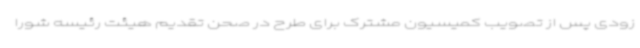
زودی پس از تصویب کمیسیون مشترک برای طرح در صحن تقدیم هیئت رئیسه شورا